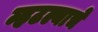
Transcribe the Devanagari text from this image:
म्हटल्याचे